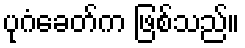
ပုဂံခေတ်က ဖြစ်သည်။